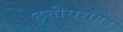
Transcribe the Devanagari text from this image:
छत्तीससगड